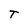
Character: T